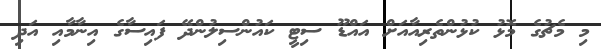
މި މެޗުގެ މޮޅު ކުޅުންތެރިއާއަށް އައްޑޫ ސިޓީ ކައުންސިލުންދޭ ފައިސާގެ އިނާމާއި އަދި